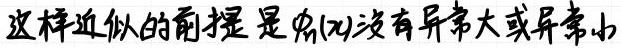
这样近似的前提是\(p(x)\)没有异常大或异常小